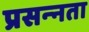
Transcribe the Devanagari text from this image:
प्रसन्‍नता